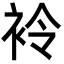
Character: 袊